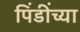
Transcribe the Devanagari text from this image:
पिंडींच्या